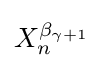
X_{n}^{\beta _{\gamma +1}}